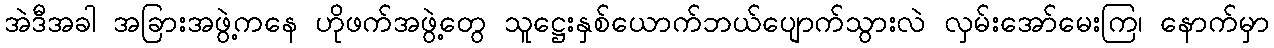
အဲဒီအခါ အခြားအဖွဲ့ကနေ ဟိုဖက်အဖွဲ့တွေ သူဋ္ဌေးနှစ်ယောက်ဘယ်ပျောက်သွားလဲ လှမ်းအော်မေးကြ၊ နောက်မှာ